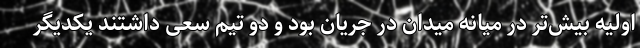
اولیه بیش‌تر در میانه میدان در جریان بود و دو تیم سعی داشتند یکدیگر